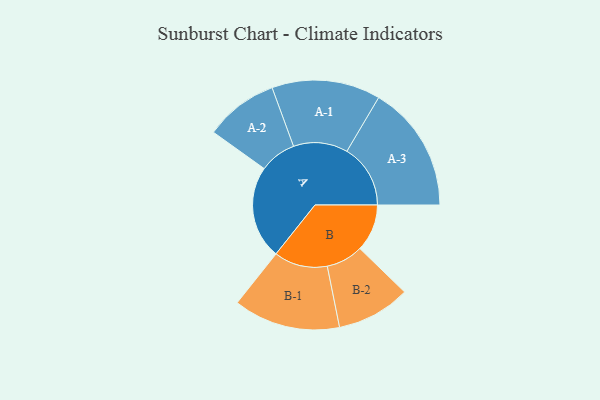
{"axis": {"x": "Segment", "y": "Value"}, "legend": ["", "A", "B"], "data": [{"x": "A", "y": 434, "type": ""}, {"x": "B", "y": 220, "type": ""}, {"x": "A-1", "y": 253, "type": "A"}, {"x": "A-2", "y": 171, "type": "A"}, {"x": "A-3", "y": 296, "type": "A"}, {"x": "B-1", "y": 249, "type": "B"}, {"x": "B-2", "y": 172, "type": "B"}]}